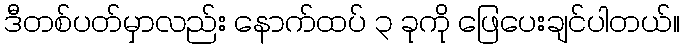
ဒီတစ်ပတ်မှာလည်း နောက်ထပ် ၃ ခုကို ဖြေပေးချင်ပါတယ်။